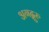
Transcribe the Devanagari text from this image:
अगद्गुरु